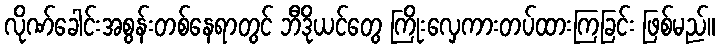
လိုဏ်ခေါင်းအစွန်းတစ်နေရာတွင် ဘီဒိုယင်တွေ ကြိုးလှေကားတပ်ထားကြခြင်း ဖြစ်မည်။